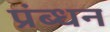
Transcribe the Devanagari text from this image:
प्रंब्धन